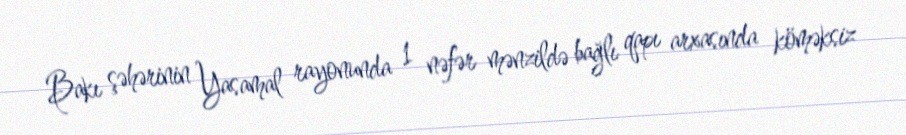
Bakı şəhərinin Yasamal rayonunda 1 nəfər mənzildə bağlı qapı arxasında köməksiz